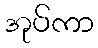
အုပ်ကာ